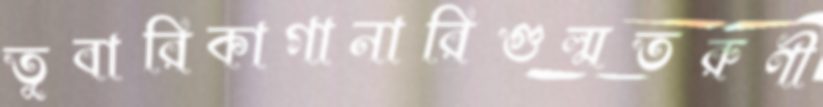
তুবারিকাগানারিগুল্মতরুণী